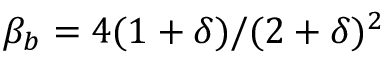
\beta _ { b } = 4 ( 1 + \delta ) / ( 2 + \delta ) ^ { 2 }